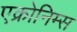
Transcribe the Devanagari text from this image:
एक्रोनिम्स